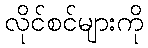
လိုင်စင်များကို